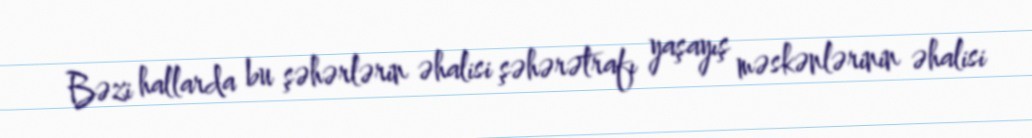
Bəzi hallarda bu şəhərlərin əhalisi şəhərətrafı yaşayış məskənlərinin əhalisi